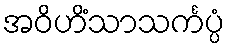
အဝိဟိံသာသင်္ကပ္ပံ